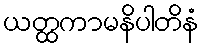
ယတ္ထကာမနိပါတိနံ